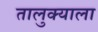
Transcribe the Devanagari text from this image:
तालुक्‍याला